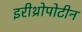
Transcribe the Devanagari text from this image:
इरीथ्रोपोटीन